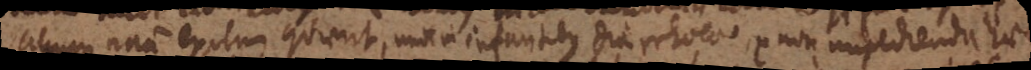
alium natura exitum quaerit, unde in infantibus diarrhoea, ex non impedienda haec